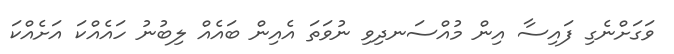
ވަގަށްނެގި ފައިސާ އިން މުއްސަނދިވި ނުވަތަ އެއިން ބައެއް ލިބުނު ހައެއްކަ އަށެއްކަ